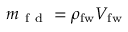
m _ { \mathrm { ~ f ~ d ~ } } = \rho _ { \mathrm { f w } } V _ { \mathrm { f w } }